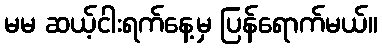
မမ ဆယ့်ငါးရက်နေ့မှ ပြန်ရောက်မယ်။